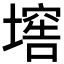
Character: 𡑛